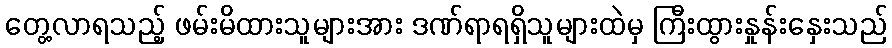
တွေ့လာရသည့် ဖမ်းမိထားသူများအား ဒဏ်ရာရရှိသူများထဲမှ ကြီးထွားနှုန်းနှေးသည်